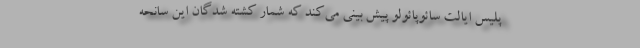
پلیس ایالت سائوپائولو پیش بینی می‌کند که شمار کشته شدگان این سانحه